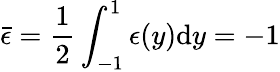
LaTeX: \bar{\epsilon}=\frac{1}{2}\int_{-1}^{1}\epsilon(y)\mathrm{d}y=-1